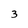
Character: 3